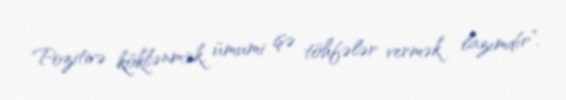
Pozitivə köklənmək, ümumi işə töhfələr vermək lazımdır”.